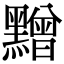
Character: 𪒟